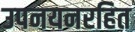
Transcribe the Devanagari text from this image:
उपनयनरहित